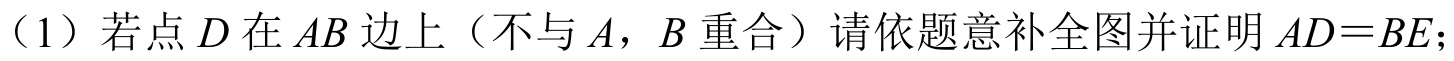
（1）若点\(D\)在\(AB\)边上（不与\(A\)，\(B\)重合）请依题意补全图并证明\(AD = BE\)；